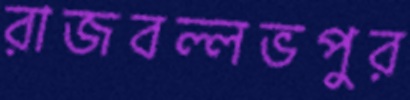
রাজবল্লভপুর